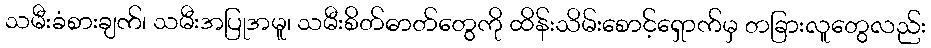
သမီးခံစားချက်၊ သမီးအပြုအမူ၊ သမီးစိတ်ဓာတ်တွေကို ထိန်းသိမ်းစောင့်ရှောက်မှ တခြားလူတွေလည်း